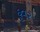
હૂવર